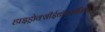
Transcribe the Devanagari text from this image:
हाइड्रोक्सीईथॉक्सीमिथाइल